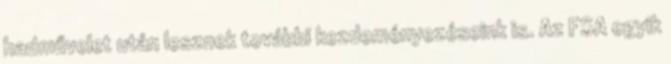
hadművelet után lesznek további kezdeményezéseink is. Az FSA egyik